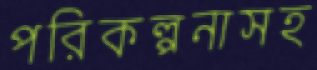
পরিকল্পনাসহ